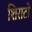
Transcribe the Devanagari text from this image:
शिराटो